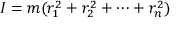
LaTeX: I = m ( r _ { 1 } ^ { 2 } + r _ { 2 } ^ { 2 } + \cdots + r _ { n } ^ { 2 } )